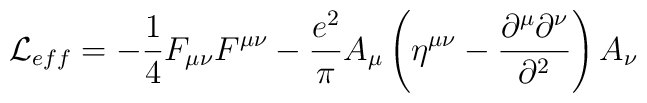
{\cal L}_{eff} = -{1\over 4} F_{\mu\nu} F^{\mu\nu} - {e^{2}\over \pi}A_{\mu}\left(\eta^{\mu\nu} - {\partial^{\mu}\partial^{\nu}\over \partial^{2}}\right)A_{\nu}